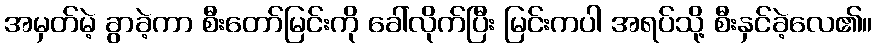
အမှတ်မဲ့ ခွာခဲ့ကာ စီးတော်မြင်းကို ခေါ်လိုက်ပြီး မြင်းကပါ အရပ်သို့ စီးနှင်ခဲ့လေ၏။